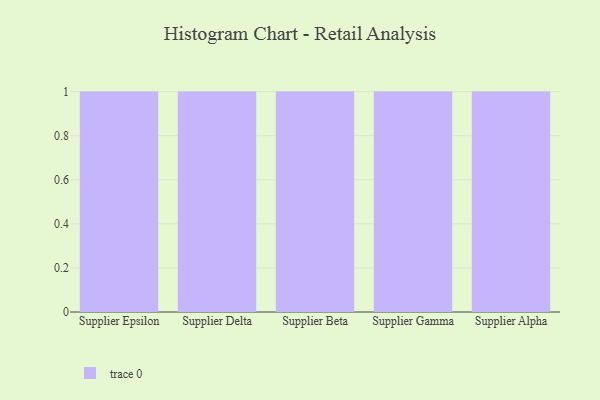
{"axis": {"x": "Supplier", "y": "Humidity (%)"}, "legend": [""], "data": [{"x": "Supplier Epsilon", "y": 26, "type": ""}, {"x": "Supplier Delta", "y": 29, "type": ""}, {"x": "Supplier Beta", "y": 12, "type": ""}, {"x": "Supplier Gamma", "y": 55, "type": ""}, {"x": "Supplier Alpha", "y": 30, "type": ""}]}